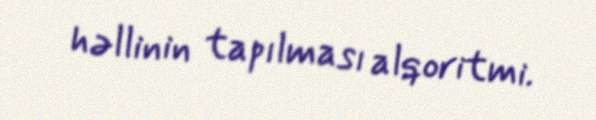
həllinin tapılması alqoritmi.